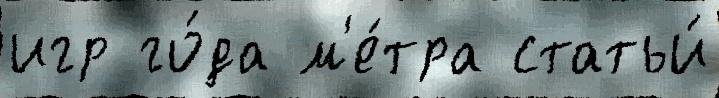
игр го́да м'е́тра статьи́